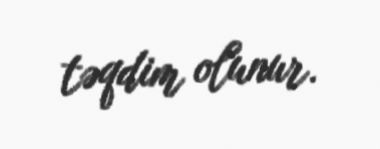
təqdim olunur.